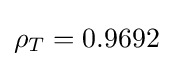
\rho _{T}=0.9692